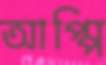
আপ্পি